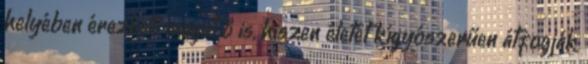
helyében érezheti magát ő is, hiszen életét kígyószerűen átfogják